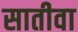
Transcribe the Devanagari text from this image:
सातीवा